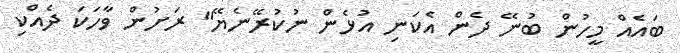
ބައެއް މީހުން ބުނޭ ދެން އެކަނި އުޅެން ނުކުރޭނެޔޭ" ރަށުން ވާހަކަ ދެއްކި